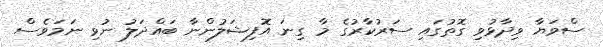
ސްވަޔާ ވިދާޅުވި ގޮތުގައި ސަރުކާރުގެ މާ ގިނަ އޮފިޝަލުންނާ ބައްދަލު ނުވި ނަމަވެސް